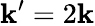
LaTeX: \mathbf{k}^{\prime}=2\mathbf{k}